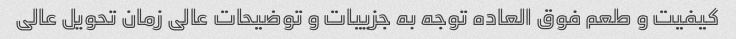
کیفیت و طعم فوق العاده توجه به جزییات و توضیحات عالی زمان تحویل عالی